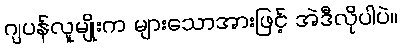
ဂျပန်လူမျိုးက များသောအားဖြင့် အဲဒီလိုပါပဲ။